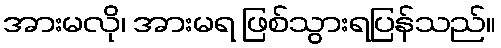
အားမလို၊ အားမရ ဖြစ်သွားရပြန်သည်။